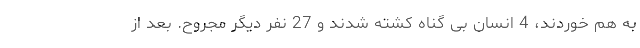
به هم خوردند، 4 انسان بی گناه کشته شدند و 27 نفر دیگر مجروح. بعد از